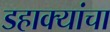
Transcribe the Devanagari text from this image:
डहाक्यांचा